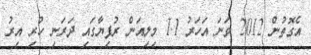
އެގޮތުން 2012 ވަނަ އަހަރު 1.1 މިލިއަން ރުފިޔާގައި ދަރަނި ހުރި އިރު